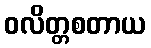
ဝလိတ္တစတာယ